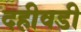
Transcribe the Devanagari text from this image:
दहीवडी